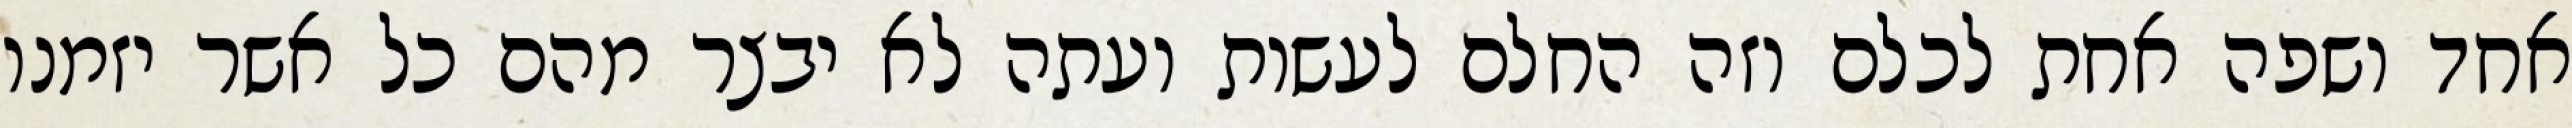
אחד ושפה אחת לכלם וזה החלם לעשות ועתה לא יבצר מהם כל אשר יזמנו